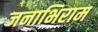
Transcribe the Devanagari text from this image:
जनाभिराम